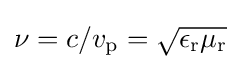
\nu =c/v_{\text{p}}={\sqrt {\epsilon _{\text{r}}\mu _{\text{r}}}}